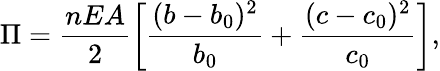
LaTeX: \Pi=\frac{nEA}2\left[\frac{(b-b_{0})^{2}}{b_{0}}+\frac{(c-c_{0})^{2}}{c_{0}}\right],